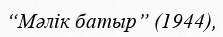
“Мәлік батыр” (1944),